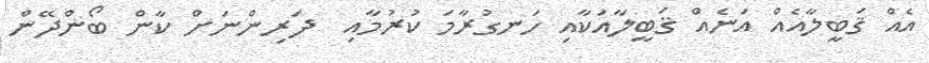
އެއް ޤަބީލާއެއް އަނެއް ޤަބީލާއަކާއި ހަނގުރާމަ ކުރުމާއި  ދަރިންނަށް ކާން ބޯންދޭން